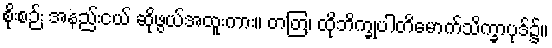
စိုးစဉ်း အနည်းငယ် ဆိုဖွယ်အထူးကား။ တတြ၊ ထိုဘိက္ခုပါတိမောက်သိက္ခာပုဒ်၌။